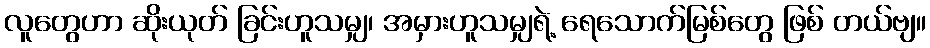
လူတွေဟာ ဆိုးယုတ် ခြင်းဟူသမျှ၊ အမှားဟူသမျှရဲ့ ရေသောက်မြစ်တွေ ဖြစ် တယ်ဗျ။